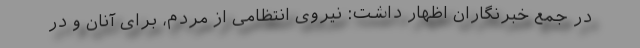
در جمع خبرنگاران اظهار داشت: نیروی انتظامی از مردم، برای آنان و در